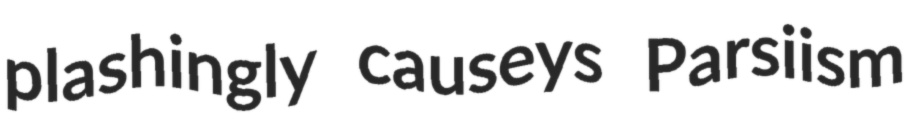
plashingly causeys Parsiism